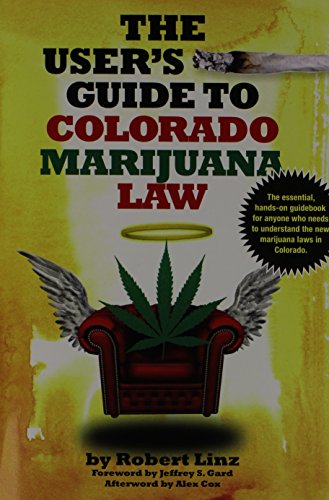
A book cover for The User's Guide to Colorado Marijuana Law; Robert Linz; Law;